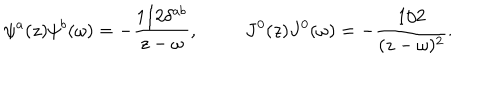
LaTeX: \psi ^ { a } ( z ) \psi ^ { b } ( \omega ) = - \frac { 1 / 2 \delta ^ { a b } } { z - \omega } , ~ J ^ { 0 } ( z ) J ^ { 0 } ( \omega ) = - \frac { 1 / 2 } { ( z - \omega ) ^ { 2 } } .